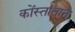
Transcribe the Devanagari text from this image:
कोंस्तांतान